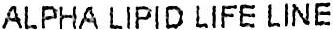
ALPHA LIPID LIFE LINE